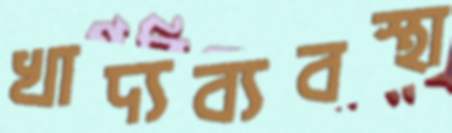
খাদ্যব্যবস্থা